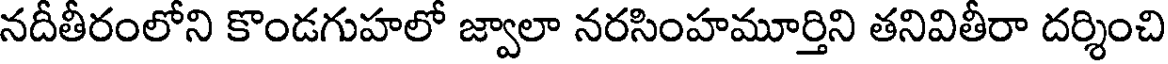
నదీతీరంలోని కొండగుహలో జ్వాలా నరసింహమూర్తిని తనివితీరా దర్శించి